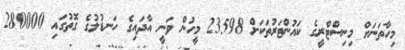
މިހާތަނަށް މިނިސްޓްރީގެ ކައުންޓަރުތަކަށް 23598 މީހުން ވަނީ އާދައިގެ ހަނޑުލުގެ ގޮތުގައި 280000